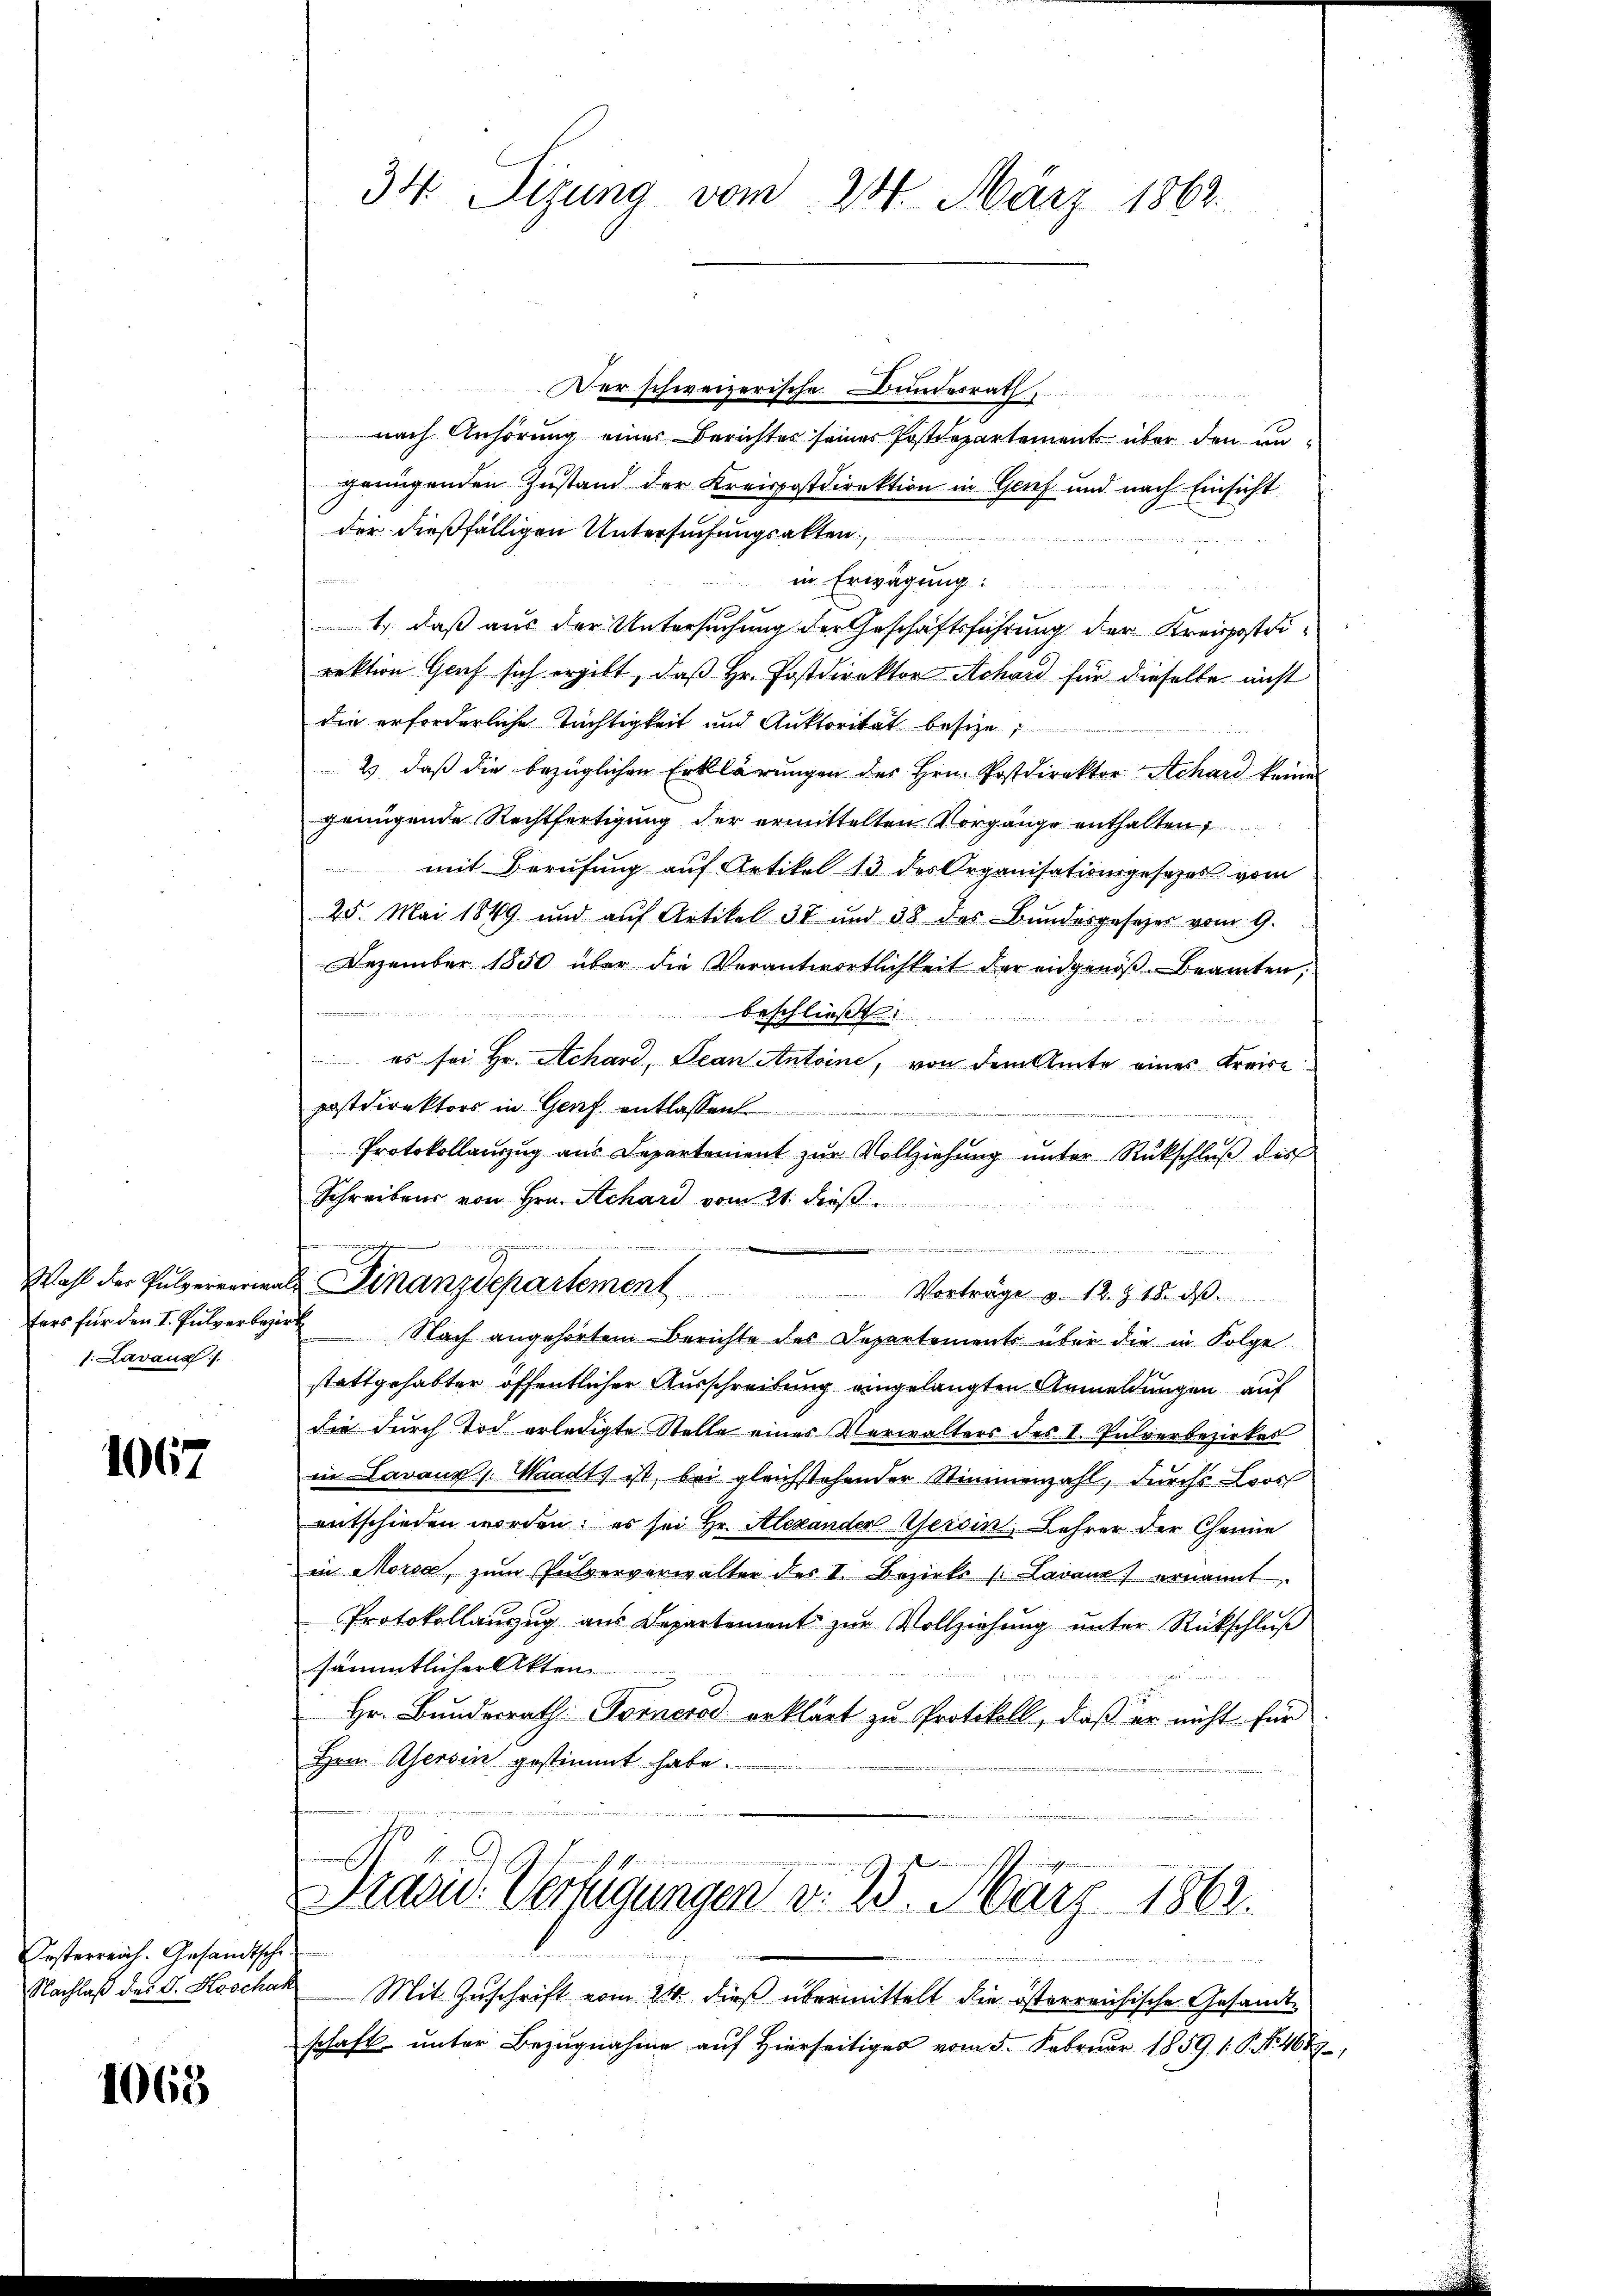
1. Lavaux

1067

Kosterreich. Gesandtsche

1063

34 Sizung vom 28. März 1862.

Der schweizerische Bundesrath
nach Anhörung einer Berichtes seines Postdepartement über den un
gringenden Zustand der Kreispostdirektion in Genf und nach Einsicht
der dießfälligen Untersuchungsakten.
in Erwägung
1.) daß aus der Untersuchung der Geschäftsführung der Kreispostdirektion Graf sich ergibt, daß Hr. Postdirektor Achau für dieselbe nicht
die erforderliche Tächtigkeit und Auktorität besize,
2, daß die bezüglichen Erklärungen des Hrn. Postdirektor Achard keine
genügende Rechtfertigung der ermittelten Vorgänge enthalten,
mit Berufung auf Artikel 13 des Organisationsgesetzes vom
25. Mai 1849 und auf Artikel 37 und 38 des Bundesgesezes vom 9.
Dezember 1850 über die Verantwortlichkeit der eidgenöß-Beamten,
beschließt
 es sei Hr. Achard, Dean Antoine, von dem Amte eines Kreise
postdirektors in Genf entlassen
Protokollanzug aus Departement zŭr Vollziehŭng ŭnter Rückschlŭβ des
Schreibens von Hrn. Schard vom 21. des
e
Wahl der Sulzernermals Finanzdepartement
 Vorträge v. 12. Z. 18. ds.
fers für den I. Pulverber Nach angehörtem Berichte des Departements über die in Folge
stattgehabter öffentlicher Ausschreibung eingelangten Anmeldungen auf
die durch Tod erledigte Stelle einer Verwalters des I. Pulverbezirkes
in Lavaux. Waadt) ist, bei gleichstehender Stimmenzahl, durchs Loos
entschieden worden; es sei Hr. Alexander Geisin, Lehrer der Chenne
in Moisa, zum Pulververwalter des I. Bezirks (Laranz ernannt.
Protokollauszug aus Departement zur Vollziehung unter Rückschluß
ssämmtlicher Akten
Hr. Bundesrath Fornerod erklärt zu Protokoll, daß er nicht für
Hrn. Alsersin gestimmt habe.
Präsid. Verfügungen d. 25. März 1862.

Nachlaß des J. Hoschak Mit Zuschrift vom 21. dieß übermittelt die österreichische Gesandt-
schaft ŭnter Bezugnahme auf hierseitiges vom 5. Februar 1859. 1. P. Nr. 464,